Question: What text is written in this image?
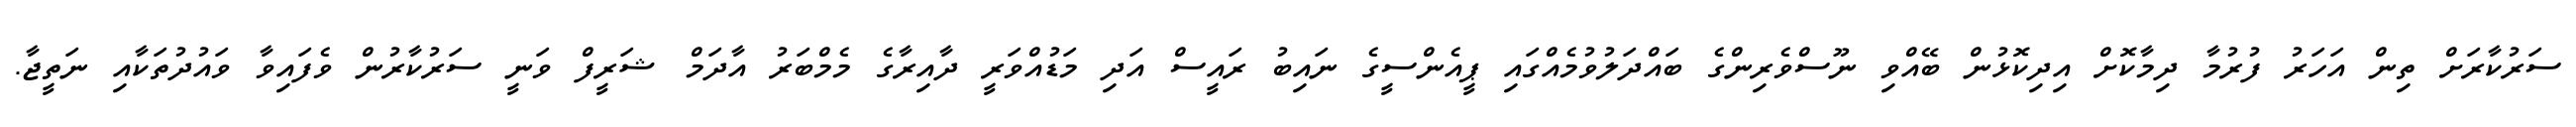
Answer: ސަރުކާރަށް ތިން އަހަރު ފުރުމާ ދިމާކޮށް އިދިކޮޅުން ބޭއްވި ނޫސްވެރިންގެ ބައްދަލުވުމެއްގައި ޕީއެންސީގެ ނައިބު ރައީސް އަދި މަޑުއްވަރީ ދާއިރާގެ މެމްބަރު އާދަމް ޝަރީފް ވަނީ ސަރުކާރުން ވެފައިވާ ވައުދުތަކާއި ނަތީޖާ.